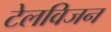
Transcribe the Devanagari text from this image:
टेलविजन